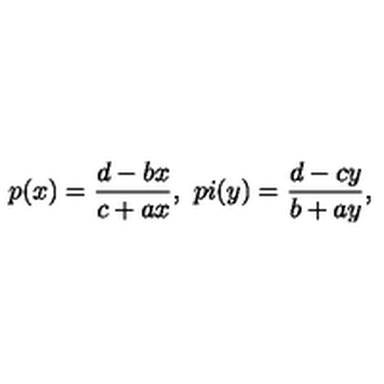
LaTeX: p ( x ) = \frac { d - b x } { c + a x } , \ p i ( y ) = \frac { d - c y } { b + a y } ,